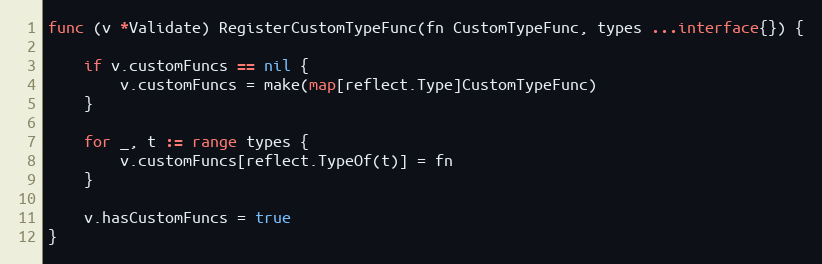
Language: Go
func (v *Validate) RegisterCustomTypeFunc(fn CustomTypeFunc, types ...interface{}) {

	if v.customFuncs == nil {
		v.customFuncs = make(map[reflect.Type]CustomTypeFunc)
	}

	for _, t := range types {
		v.customFuncs[reflect.TypeOf(t)] = fn
	}

	v.hasCustomFuncs = true
}